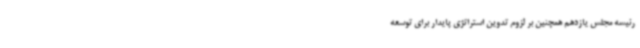
رئیسه مجلس یازدهم همچنین بر لزوم تدوین استراتژی پایدار برای توسعه